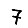
Digit: 7